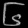
Digit: ၆